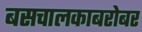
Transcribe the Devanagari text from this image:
बसचालकाबरोबर